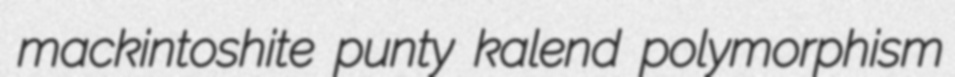
mackintoshite punty kalend polymorphism